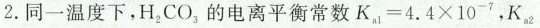
2.同一温度下，H_{2}CO_{3}的电离平衡常数 $$K _ { a 1 } = 4 . 4 \times 1 0 ^ { - 7 } ,$$K _ { a 2 }